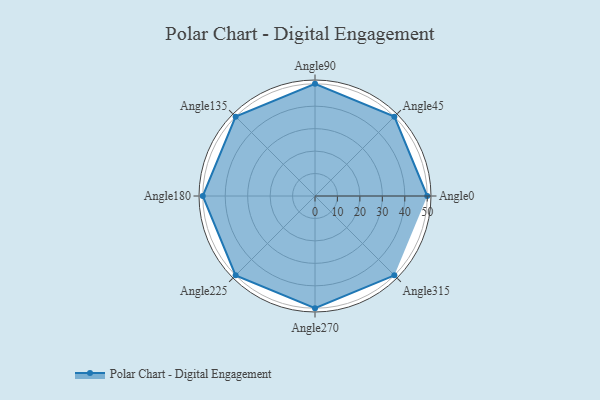
{"axis": {"x": "Angle", "y": "Radius"}, "legend": [""], "data": [{"x": "Angle0", "y": 50, "type": ""}, {"x": "Angle45", "y": 50, "type": ""}, {"x": "Angle90", "y": 50, "type": ""}, {"x": "Angle135", "y": 50, "type": ""}, {"x": "Angle180", "y": 50, "type": ""}, {"x": "Angle225", "y": 50, "type": ""}, {"x": "Angle270", "y": 50, "type": ""}, {"x": "Angle315", "y": 50, "type": ""}]}